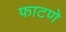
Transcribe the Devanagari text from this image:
फाटणे